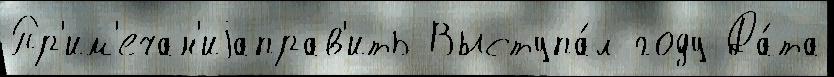
Пр'им'ечан'иjаправ'ить Выступа́л году Да́та